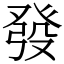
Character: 發